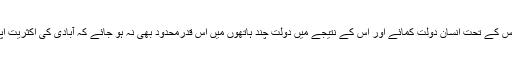
لہٰذا یہ ضروری ہے کہ کوئی طریقہ کار واضح کیا جائے جس کے تحت انسان دولت کمائے اور اس کے نتیجے میں دولت چند ہاتھوں میں اس قدرمحدود بھی نہ ہو جائے کہ آبادی کی اکثریت اپنی بنیادی ضروریات کو ہی پورا کرنے سے قاصر ہوجائے۔